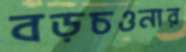
বড়চওনার